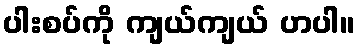
ပါးစပ်ကို ကျယ်ကျယ် ဟပါ။